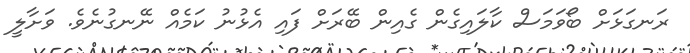
ރަނގަޅަށް ބޯވަމަސް ކާލައިގެން ގެއިން ބޭރަށް ފައި އެޅުނު ކަމެއް ނޭނގުނެވެ. ވަށާލީ